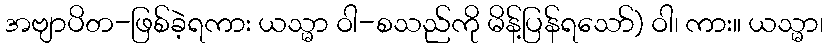
အဗျာပိတ-ဖြစ်ခဲ့ရကား ယသ္မာ ဝါ-စသည်ကို မိန့်ပြန်ရသော်) ဝါ၊ ကား။ ယသ္မာ၊